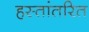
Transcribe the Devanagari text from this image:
हस्‍तांतरित